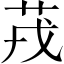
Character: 茙